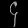
Digit: ၄